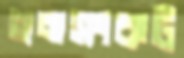
গমসংকট